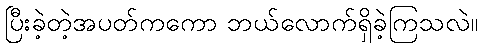
ပြီးခဲ့တဲ့အပတ်ကကော ဘယ်လောက်ရှိခဲ့ကြသလဲ။